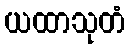
ယထာသုတံ